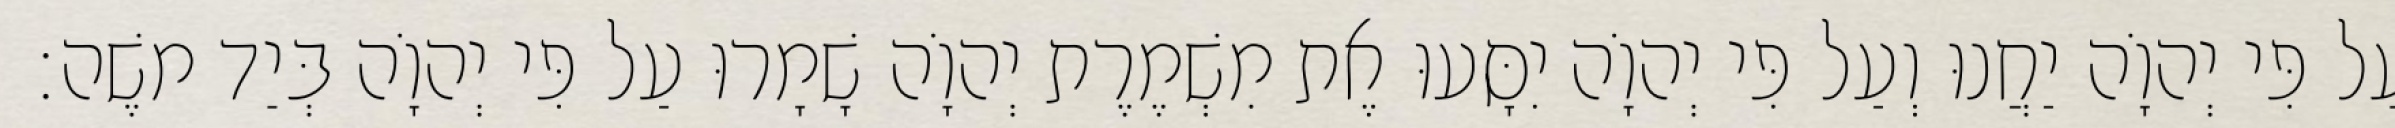
עַל פִּי יְהוָֹה יַחֲנוּ וְעַל פִּי יְהוָֹה יִסָּעוּ אֶת מִשְׁמֶרֶת יְהוָֹה שָׁמָרוּ עַל פִּי יְהוָֹה בְּיַד משֶׁה׃